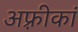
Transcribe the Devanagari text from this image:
अफ़्रीकां